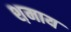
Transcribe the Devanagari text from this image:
श़माय